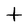
Character: t